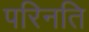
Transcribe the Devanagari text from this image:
परिनति